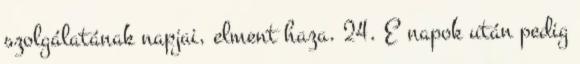
szolgálatának napjai, elment haza. 24. E napok után pedig